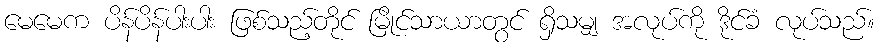
မေမေက ပိန်ပိန်ပါးပါး ဖြစ်သည့်တိုင် မြိုင်သာယာတွင် ရှိသမျှ အလုပ်ကို ဒိုင်ခံ လုပ်သည်။